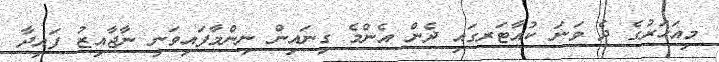
މިއަހަރުގެ ދެ ވަނަ ކުއާޓަރގައި ދެން އެންމެ ގިނައިން ނިންމާފައިވަނީ ނާޖާއިޒު ފައިދާ